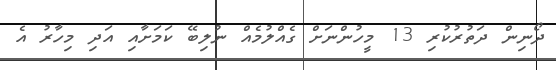
ދޯނިން ދަތުރުކުރި 13 މީހުންނަށް ގެއްލުމެއް ނުލިބޭ ކަމަށާއި އަދި މިހާރު އެ